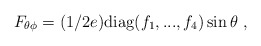
\begin{align*}F_{\theta\phi}=(1/2e) {\rm diag} (f_1,...,f_4) \sin \theta\ ,\end{align*}